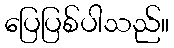
ပြေပြစ်ပါသည်။